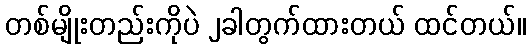
တစ်မျိုးတည်းကိုပဲ ၂ခါတွက်ထားတယ် ထင်တယ်။